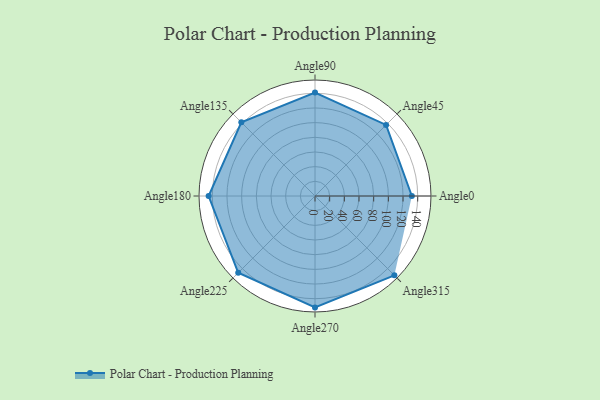
{"axis": {"x": "Angle", "y": "Radius"}, "legend": [""], "data": [{"x": "Angle0", "y": 132.0, "type": ""}, {"x": "Angle45", "y": 137.0, "type": ""}, {"x": "Angle90", "y": 141.0, "type": ""}, {"x": "Angle135", "y": 142.0, "type": ""}, {"x": "Angle180", "y": 145.0, "type": ""}, {"x": "Angle225", "y": 148.0, "type": ""}, {"x": "Angle270", "y": 152.0, "type": ""}, {"x": "Angle315", "y": 153.0, "type": ""}]}